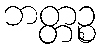
ဘတ္တဉ္စ